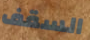
السقف